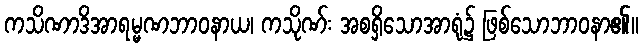
ကသိဏာဒိအာရမ္မဏဘာဝနာယ၊ ကသိုဏ်း အစရှိသောအာရုံ၌ ဖြစ်သောဘာဝနာ၏။